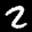
Label: 2